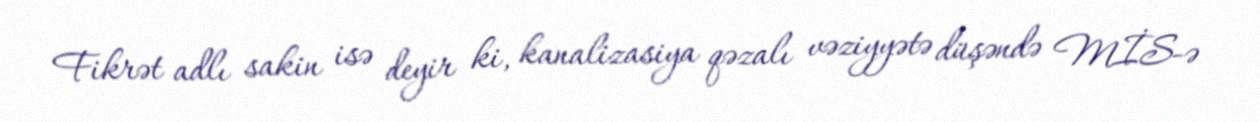
Fikrət adlı sakin isə deyir ki, kanalizasiya qəzalı vəziyyətə düşəndə MİS-ə